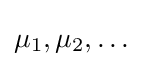
\mu _{1},\mu _{2},\ldots